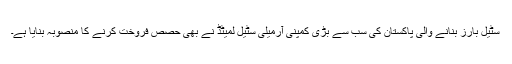
سٹیل بارز بنانے والی پاکستان کی سب سے بڑی کمپنی آرمیلی سٹیل لمیٹڈ نے بھی حصص فروخت کرنے کا منصوبہ بنایا ہے۔